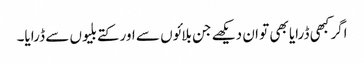
اگر کبھی ڈرایا بھی تو ان دیکھے جن بلائوں سے اور کتے بلیوں سے ڈرایا۔